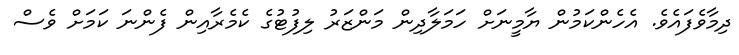
ދިމާވެފައެވެ. އެހެންކަމުން ޔާމީނަށް ހަމަލާދިން މަންޒަރު ލިފުޓުގެ ކެމެރާއިން ފެންނަ ކަމަށް ވެސް